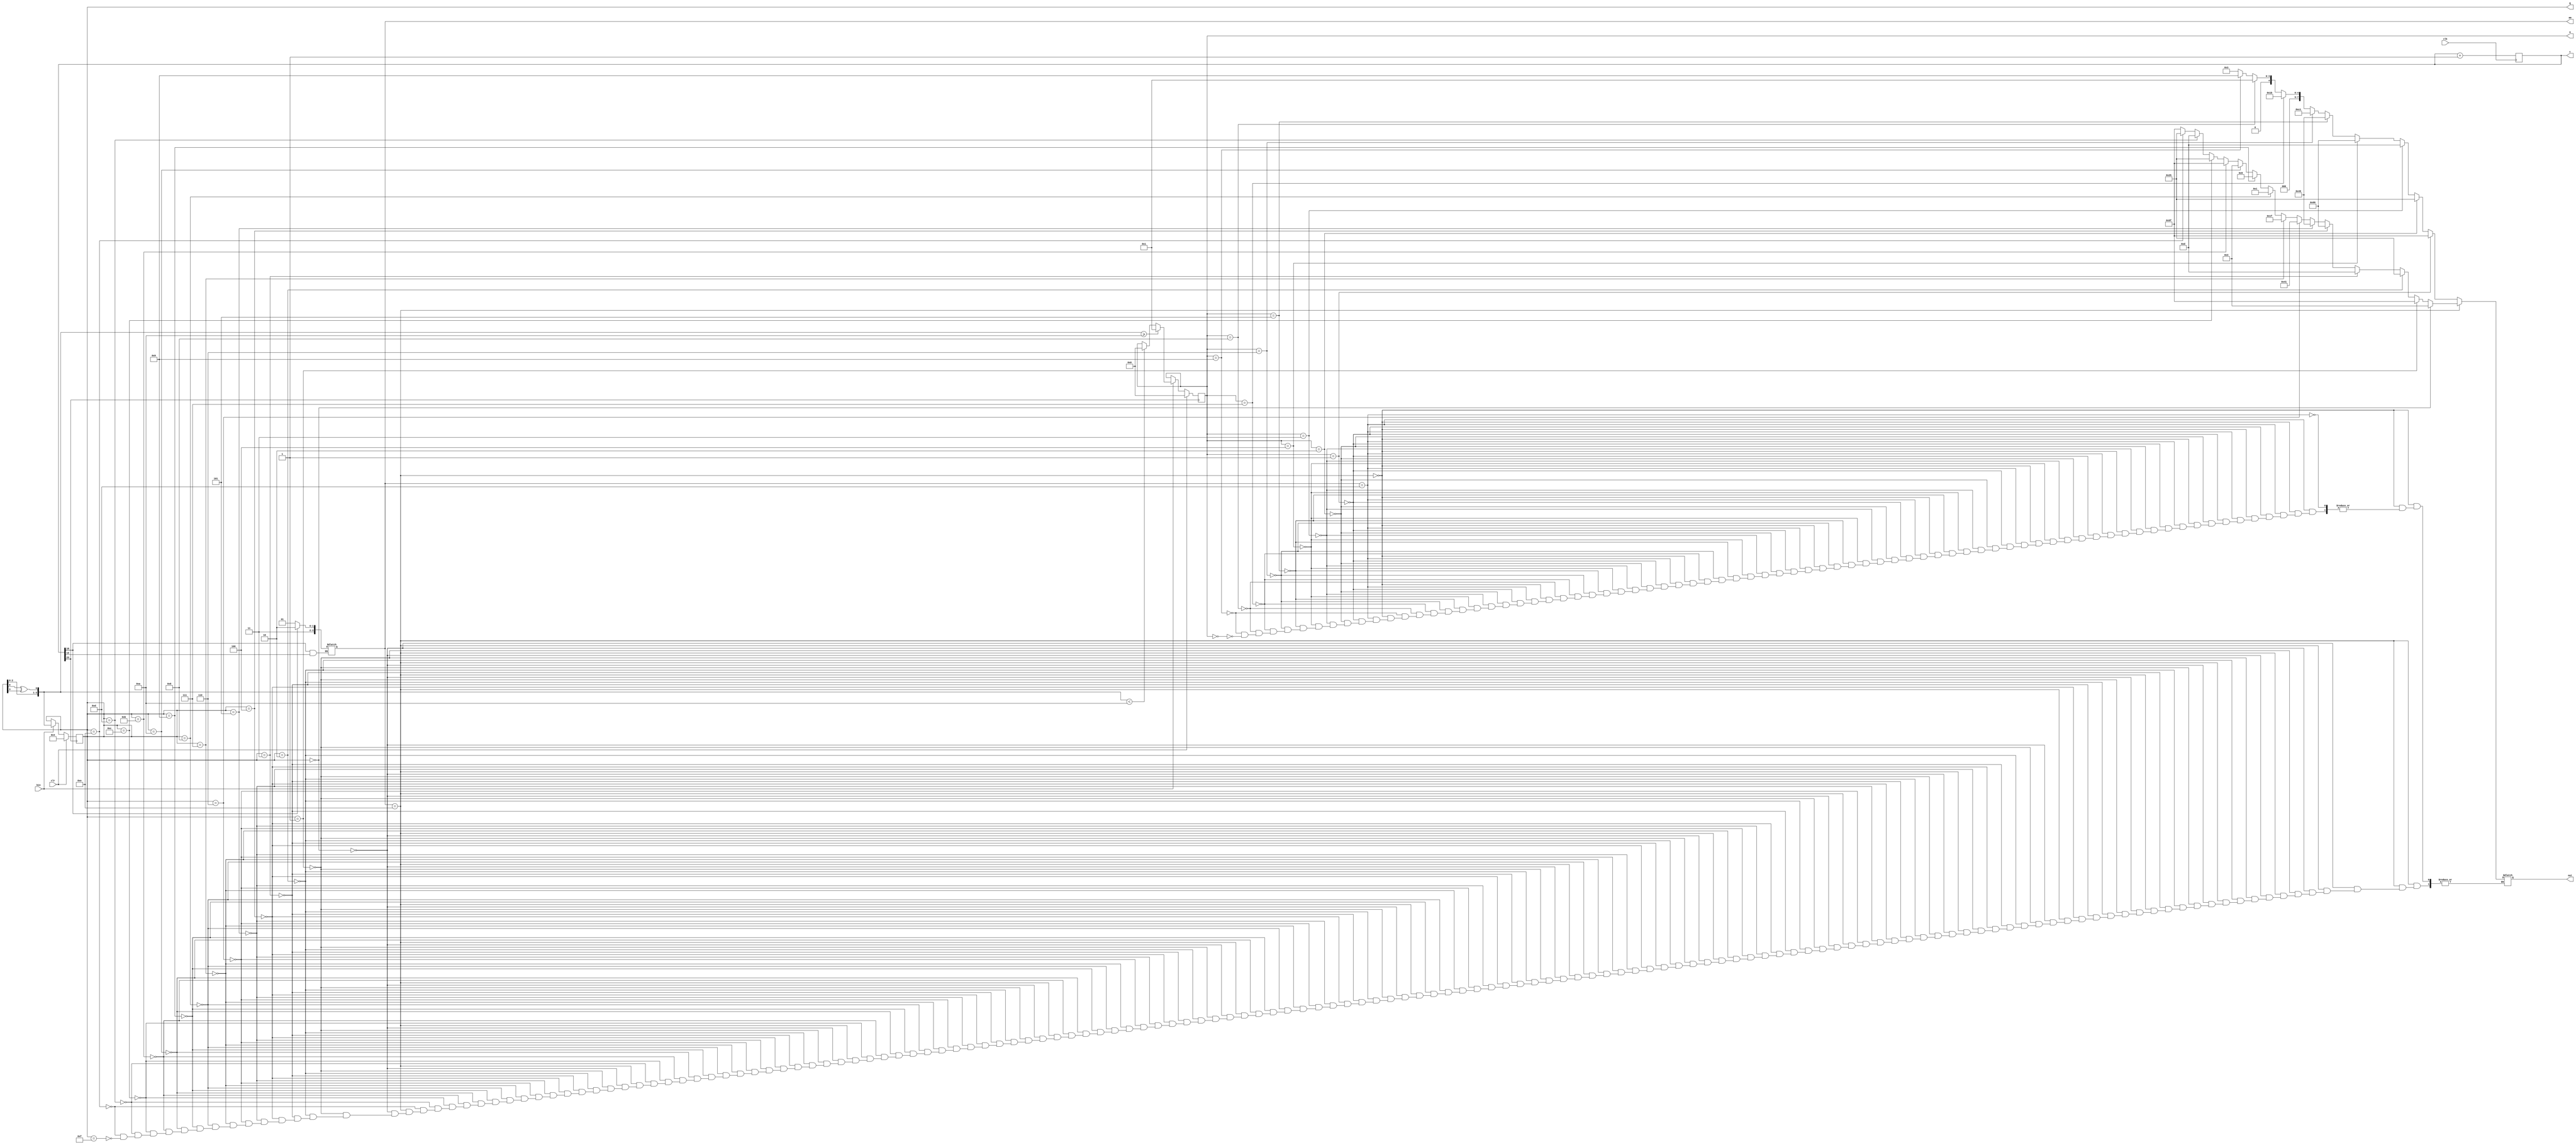
module randomnumber13_module(
input clk,
input clr,
input bin,
output reg[3:0]am,
output reg[4:1]Q,
output reg[3:0]a,
output reg[7:0]out,
output reg[25:0]c=0
);

always@(posedge clk)
begin
 c=c+1;
end		
		
always@(posedge c[23])
 begin
   if(clr) 
	begin
	  Q=4'b100;
	  a=0;
	  end
	else if(bin==1)
	  begin
	    Q={Q[3:1],Q[1]^Q[4]};
		 
		 	if(Q >=10)
       a=1;	
   else if(Q < 10)
	    a=0;
	  end
	  

	else
	   begin Q=Q; end
 end
 
 
 
 always@(c)
  begin	     
    if (c[15]==0) am=4'b1110;       
    if (c[10]==0) am=4'b1101;
  end
 
always@(c[22])
begin
  if(am==4'b1110)
	   begin
		 if     (Q==4'd0)  out=8'b00000011; 
		 else if(Q==4'd1)  out=8'b10011111; 
		 else if(Q==4'd2)  out=8'b00100101; 
		 else if(Q==4'd3)  out=8'b00001101; 
		 else if(Q==4'd4)  out=8'b10011001;
		 else if(Q==4'd5)  out=8'b01001001;
		 else if(Q==4'd6)  out=8'b01000001;
		 else if(Q==4'd7)  out=8'b00011111;
		 else if(Q==4'd8)  out=8'b00000001;
		 else if(Q==4'd9)  out=8'b00001001;
		 else if(Q==4'd10)  out=8'b00000011;
		 else if(Q==4'd11)  out=8'b10011111;
		 else if(Q==4'd12)  out=8'b00100101;
		 else if(Q==4'd13)  out=8'b00001101;
		 else if(Q==4'd14)  out=8'b00100101;
		 else if(Q==4'd15)  out=8'b10011111;
		end
		
   else if(am==4'b1101)    
    begin	   
      if     (a==1)  out=8'b10011111;      
      else if(a==2)  out=8'b00100101;      
      else if(a==3)  out=8'b00001101;      
      else if(a==4)  out=8'b10011001;      
      else if(a==5)  out=8'b01001001;     
      else if(a==6)  out=8'b11000001;     
      else if(a==7)  out=8'b00011011;      
      else if(a==8)  out=8'b00000001;      
      else if(a==9)  out=8'b00001001;      
      else if(a==0)  out=8'b00000011;    
    end
end
 
endmodule